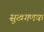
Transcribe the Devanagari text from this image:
सुखगणक